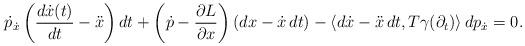
LaTeX: \begin{align*}\dot{p}_{\dot{x}}\left( \frac{{\small d\dot{x}(t)}}{{\small dt}}-\ddot{x}\right)dt+\left( \dot{p}-\frac{{\small \partial L}}{{\small \partial x}}\right) (dx- \dot{x}\,dt)-\left\langle d\dot{x}-\ddot{x}\,dt,T\gamma (\partial_t)\right\rangle dp_{\dot{x}}=0. \end{align*}